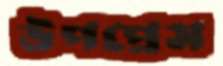
উপপ্রেস